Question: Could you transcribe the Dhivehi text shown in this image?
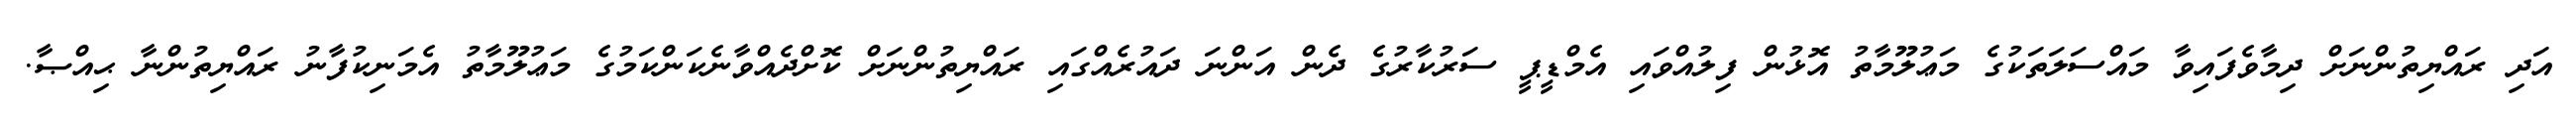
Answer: އަދި ރައްޔިތުންނަށް ދިމާވެފައިވާ މައްސަލަތަކުގެ މަޢުލޫމާތު އޮޅުން ފިލުއްވައި އެމްޑީޕީ ސަރުކާރުގެ ދެން އަންނަ ދައުރެއްގައި ރައްޔިތުންނަށް ކޮށްދެއްވާނެކަންކަމުގެ މަޢުލޫމާތު އެމަނިކުފާނު ރައްޔިތުންނާ ޙިއްޞާ.